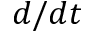
d / d t